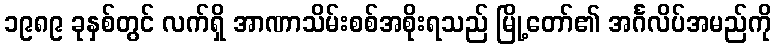
၁၉၈၉ ခုနှစ်တွင် လက်ရှိ အာဏာသိမ်းစစ်အစိုးရသည် မြို့တော်၏ အင်္ဂလိပ်အမည်ကို